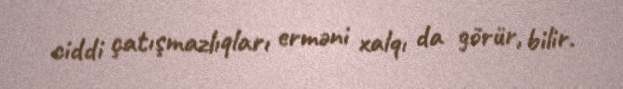
ciddi çatışmazlıqları erməni xalqı da görür, bilir.